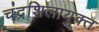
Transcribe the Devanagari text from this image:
चंद्रशिलायुक्त